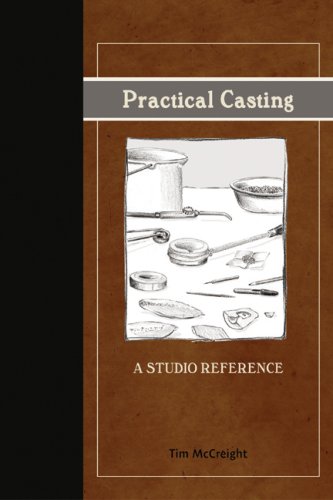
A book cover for Practical Casting: A Studio Reference, Revised Edition; Tim McCreight; Crafts, Hobbies & Home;